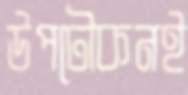
উপঢৌকনই